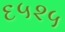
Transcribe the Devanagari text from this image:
६५२५